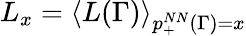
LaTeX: L_{x}=\left<L(\Gamma)\right>_{p_{+}^{NN}(\Gamma)=x}